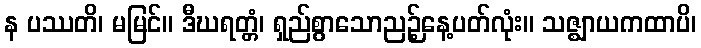
န ပဿတိ၊ မမြင်။ ဒီဃရတ္တံ၊ ရှည်စွာသောညဉ့်နေ့ပတ်လုံး။ သဇ္ဈာယကထာပိ၊